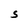
Character: S